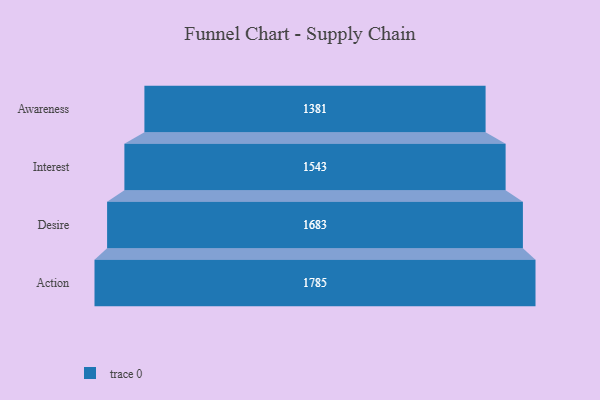
{"axis": {"x": "Stage", "y": "Value"}, "legend": [""], "data": [{"x": "Awareness", "y": 1381.0, "type": ""}, {"x": "Interest", "y": 1543.0, "type": ""}, {"x": "Desire", "y": 1683.0, "type": ""}, {"x": "Action", "y": 1785.0, "type": ""}]}